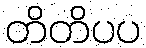
တိတိပပ